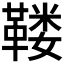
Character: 𱁺